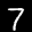
Label: 7